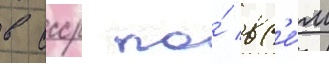
в ссср по́ вс'е́м